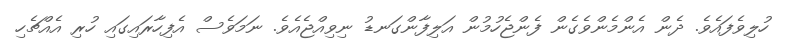
ހުލިވެފައެވެ. ދެން އެންމެންވެގެން ފެންޖެހުމުން އަލިފާންގަނޑު ނިވިއްޖެއެވެ. ނަމަވެސް އެފިހާރައިގައި ހުރި އެއްޗެހި